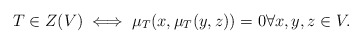
\begin{align*}T \in Z(V) \iff \mu_T(x,\mu_T(y,z)) = 0 \forall x,y,z \in V.\end{align*}